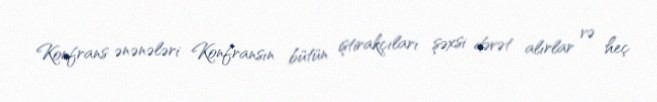
Konfrans ənənələri Konfransın bütün iştirakçıları şəxsi dəvət alırlar və heç